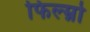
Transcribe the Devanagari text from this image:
फिल्म्नो